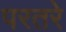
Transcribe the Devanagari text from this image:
परतरे